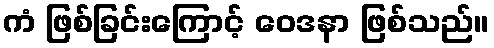
ကံ ဖြစ်ခြင်းကြောင့် ဝေဒနာ ဖြစ်သည်။